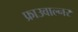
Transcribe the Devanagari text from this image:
फ्राउवाल्नर